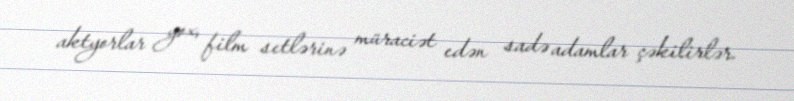
aktyorlar yox, film setlərinə müraciət edən sadə adamlar çəkilirlər.